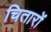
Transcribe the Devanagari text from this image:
चितारों